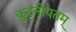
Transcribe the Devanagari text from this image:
कुट्टनीपतम्